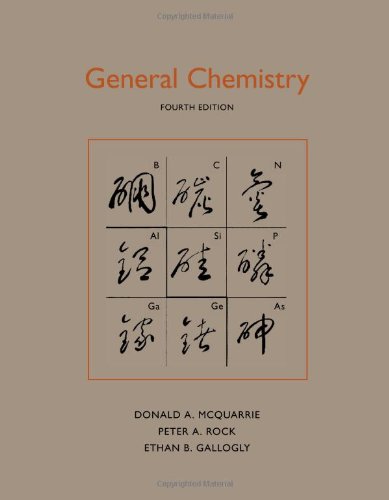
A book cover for General Chemistry; Donald A. McQuarrie; Science & Math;